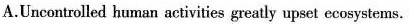
A.Uncontrolled human activities greatly upset ecosystems.